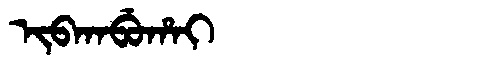
Manchu: ᡳᠪᡴᠠᠪᡠᡥᠠᡳ
Romanization: IBKABUHAI